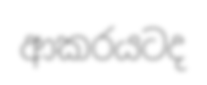
ආකරයටද